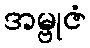
အမ္ဗုဇံ